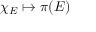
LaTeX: \chi _ { E } \mapsto \pi ( E )